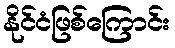
နိုင်ငံဖြစ်ကြောင်း